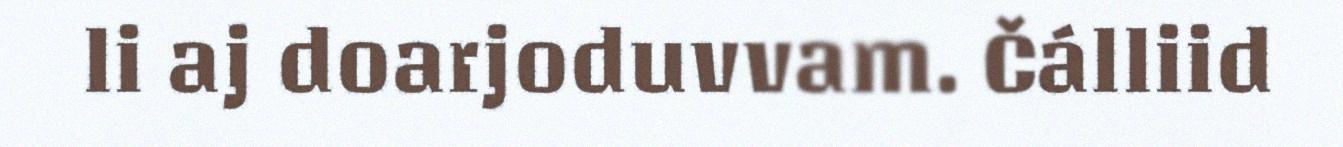
li aj doarjoduvvam. Čálliid